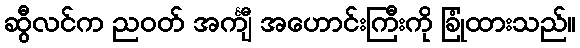
ဆွီလင်က ညဝတ် အင်္ကျီ အဟောင်းကြီးကို ခြုံထားသည်။